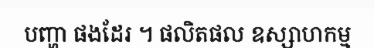
បញ្ហា ផងដែរ ។ ផលិតផល ឧស្សាហកម្ម